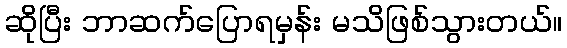
ဆိုပြီး ဘာဆက်ပြောရမှန်း မသိဖြစ်သွားတယ်။